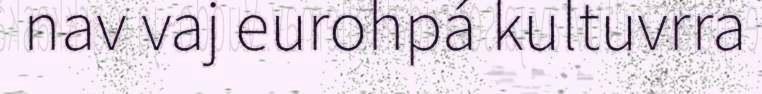
nav vaj eurohpá kultuvrra